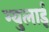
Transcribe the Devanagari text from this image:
ग्युलाई